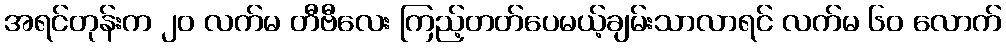
အရင်တုန်းက ၂၀ လက်မ တီဗီလေး ကြည့်တတ်ပေမယ့်ချမ်းသာလာရင် လက်မ ၆၀ လောက်